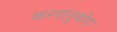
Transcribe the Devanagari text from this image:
करनानुयोग